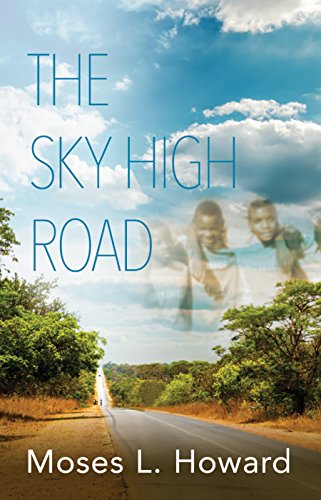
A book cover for The Sky High Road; Moses L. Howard; Teen & Young Adult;